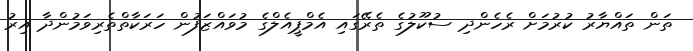
ތަން ތައްޔާރު ކުރުމަށް ރެހެންދި ސުކޫލުގެ ތެރޭގައި އެމްޕީއެލްގެ މުވައްޒަފުން ހަރަކާތްތެރިވަމުންދާ އިރު